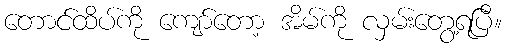
တောင်ထိပ်ကို ကျော်တော့ အိမ်ကို လှမ်းတွေ့ရပြီ။